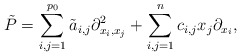
\begin{align*}\tilde{P}=\sum_{i,j=1}^{p_0}\tilde{a}_{i,j}\partial_{x_i,x_j}^2+\sum_{i,j=1}^nc_{i,j}x_j\partial_{x_i},\end{align*}